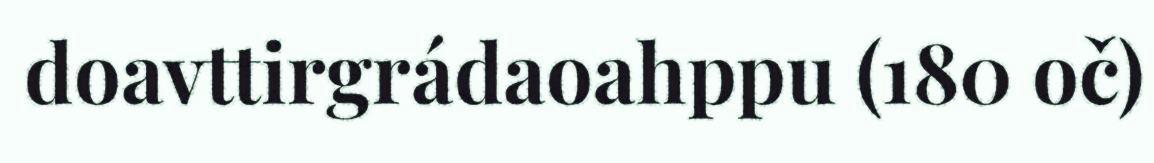
doavttirgrádaoahppu (180 oč)